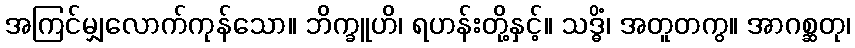
အကြင်မျှလောက်ကုန်သော။ ဘိက္ခူဟိ၊ ရဟန်းတို့နှင့်။ သဒ္ဓိံ၊ အတူတကွ။ အာဂစ္ဆတု၊